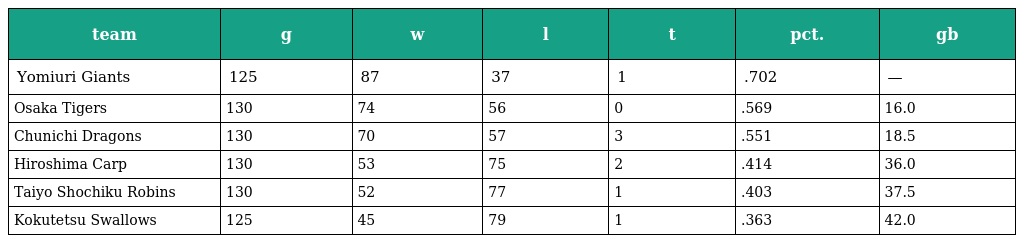
| team | g | w | l | t | pct. | gb |
 | --- | --- | --- | --- | --- | --- | --- |
 | Yomiuri Giants | 125 | 87 | 37 | 1 | .702 | — |
 | Osaka Tigers | 130 | 74 | 56 | 0 | .569 | 16.0 |
 | Chunichi Dragons | 130 | 70 | 57 | 3 | .551 | 18.5 |
 | Hiroshima Carp | 130 | 53 | 75 | 2 | .414 | 36.0 |
 | Taiyo Shochiku Robins | 130 | 52 | 77 | 1 | .403 | 37.5 |
 | Kokutetsu Swallows | 125 | 45 | 79 | 1 | .363 | 42.0 |